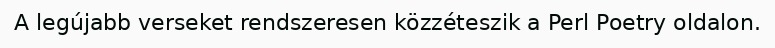
A legújabb verseket rendszeresen közzéteszik a Perl Poetry oldalon.